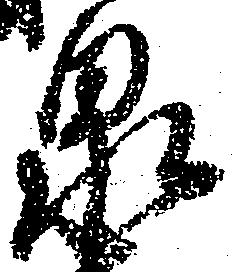
泉